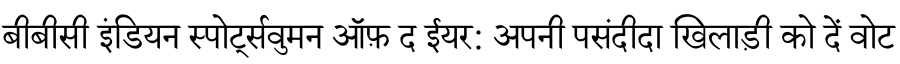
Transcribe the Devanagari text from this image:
बीबीसी इंडियन स्पोर्ट्सवुमन ऑफ़ द ईयर: अपनी पसंदीदा खिलाड़ी को दें वोट